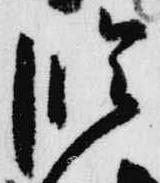
臨